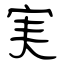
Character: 実